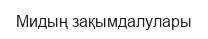
Мидың зақымдалулары